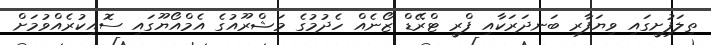
ތިލަފުށީގައި ވިޔަފާރި ބަނދަރަކާއި ފްރީ ޓްރޭޑް ޒޯނެއް ހެދުމުގެ މަޝްރޫއުގެ އެމްއޯޔޫގައި ސޮއިކުރެއްވުމަށް